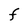
Character: F